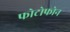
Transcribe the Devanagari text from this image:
फोटोफोन